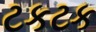
ટકટક